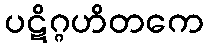
ပဋိဂ္ဂဟိတကေ